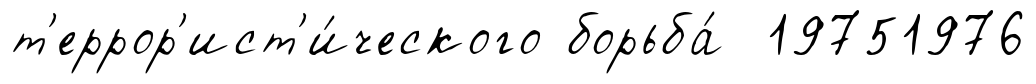
т'еррор'ист'и́ческого борьба́ 19751976